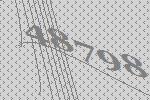
48798